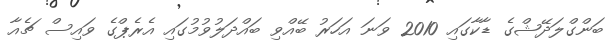
ބަންގްލަދޭޝްގެ ޑާކާގައި 2010 ވަނަ އަހަރު ބޭއްވި ބައްދަލުވުމުގައި އެރެޕްގެ ވައިސް ޗެއާ